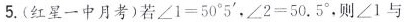
5.(红星一中月考)若 $$∠ 1 = 5 0 °5 '$$，$$∠ 2 = 5 0 . 5 °$$，则∠1与